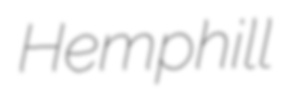
Hemphill